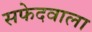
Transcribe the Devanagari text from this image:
सफेदवाला